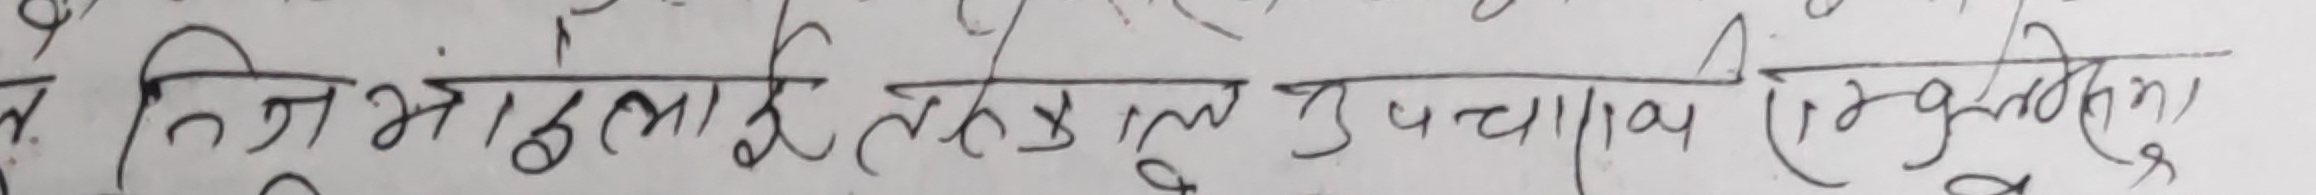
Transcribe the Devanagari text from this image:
निजांइला ई कंकुल उपचाच संखुवास